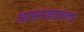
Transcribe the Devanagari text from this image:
आडनावातला